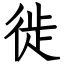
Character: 徙